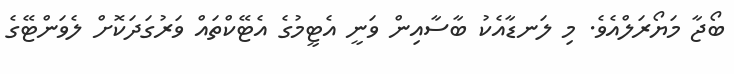
ބޯޖާ މަޔޯރަލްއެވެ. މި ލަނޑާއެކު ބާސާއިން ވަނީ އެޓީމުގެ އެޓޭކްތައް ވަރުގަދަކޮށް ލެވަންޓޭގެ